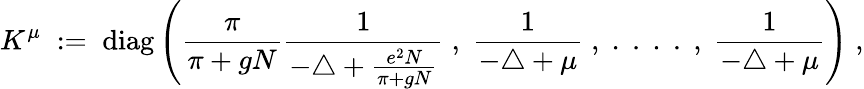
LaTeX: K^{\mu}\; :=\; \mathrm{diag}\left(\frac{\pi}{\pi+gN}\frac{1}{-\triangle+\frac{e^{2}N}{\pi+gN}}\; ,\; \frac{1}{-\triangle+\mu}\; ,\; .\; .\; .\; .\; ,\; \frac{1}{-\triangle+\mu}\right)\; ,